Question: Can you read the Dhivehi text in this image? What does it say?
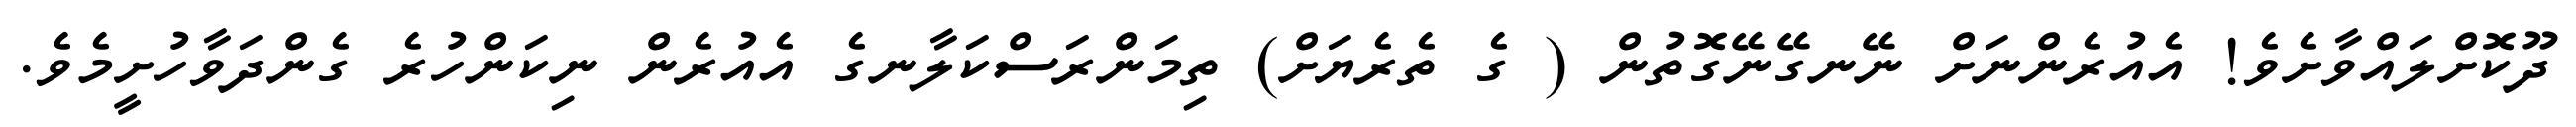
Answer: ދޫކޮށްލައްވާށެވެ! އެއުރެންނަށް ނޭނގޭނޭގޮތުން ( ގެ ތެރެޔަށް) ތިމަންރަސްކަލާނގެ އެއުރެން ނިކަންހުރެ ގެންދަވާހުށީމެވެ.